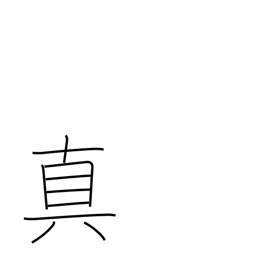
Meaning: Buddhist sect